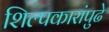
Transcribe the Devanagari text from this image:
शिल्पकारांपुढे